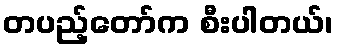
တပည့်တော်က စီးပါတယ်၊